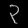
Digit: ၃